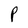
Character: P